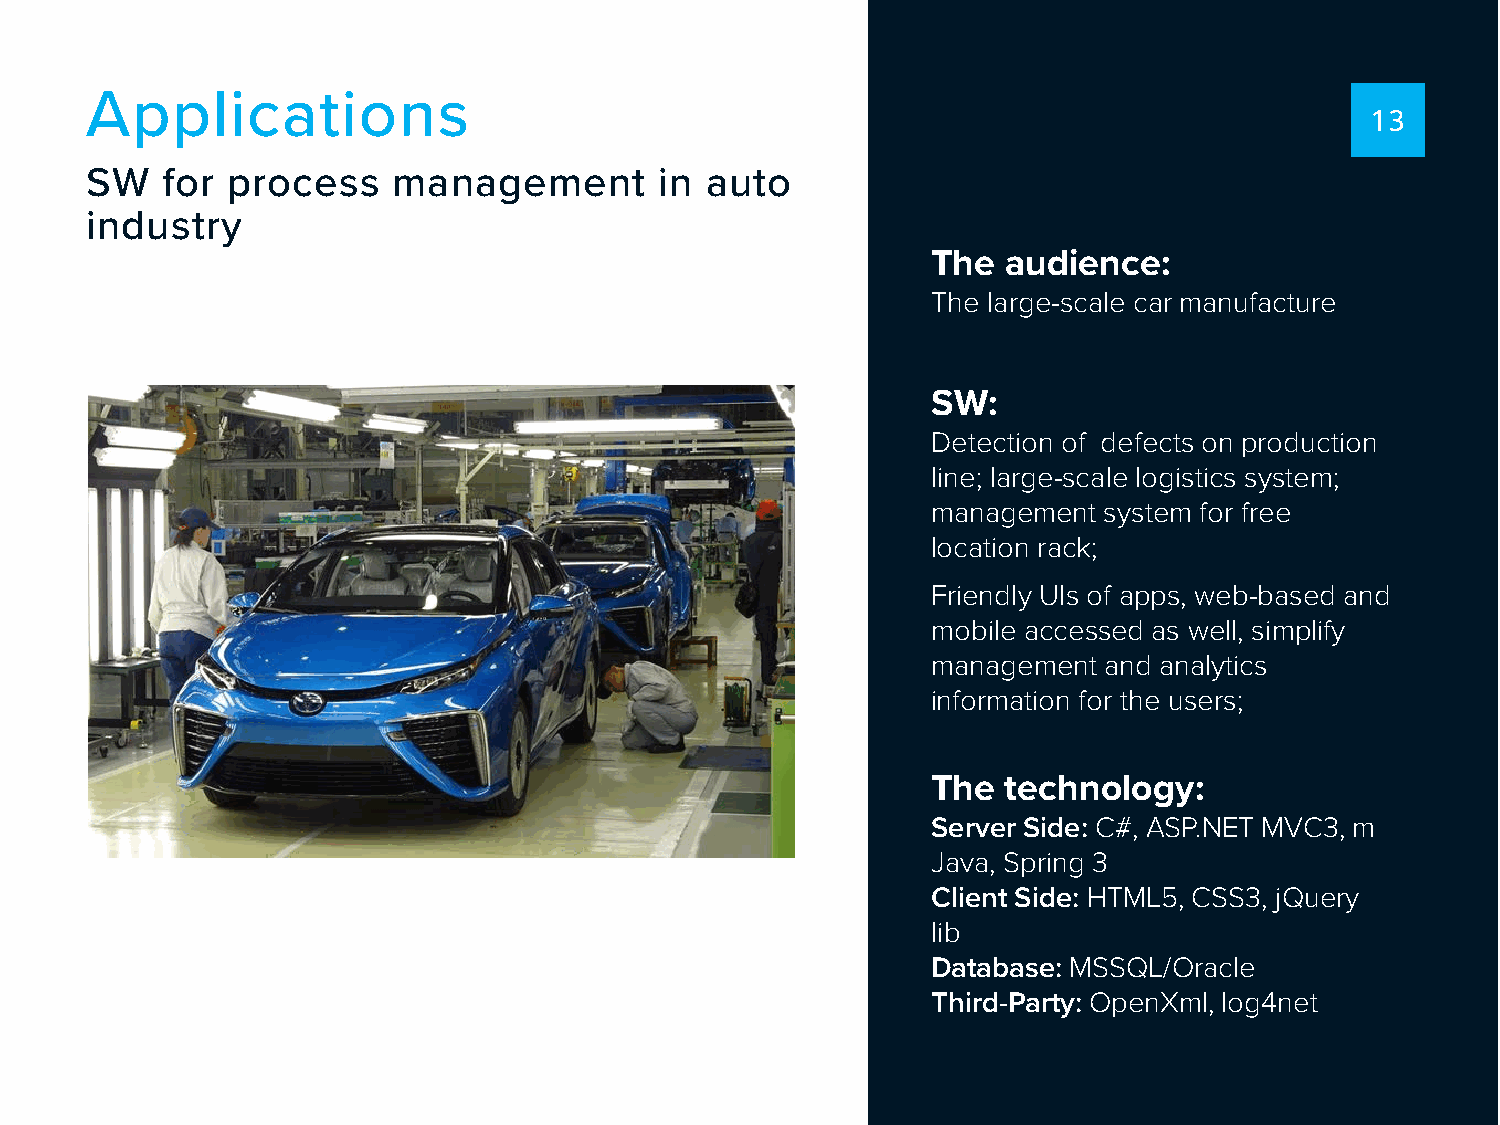
Applications
 13
 SW   for process    management        in auto
 industry
 The  audience:
 The large-scale car manufacture
 SW:
 Detection of defects on production
 line; large-scale logistics system;
 management system for free
 location rack;
 Friendly UIs of apps, web-based and
 mobile accessed as well, simplify
 management and analytics
 information for the users;
 The  technology:
 Server Side: C#, ASP.NET MVC3, m
 Java, Spring 3
 Client Side: HTML5, CSS3, jQuery
 lib
 Database: MSSQL/Oracle
 Third-Party: OpenXml, log4net